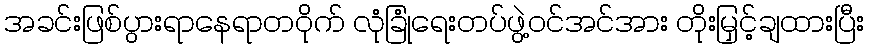
အခင်းဖြစ်ပွားရာနေရာတဝိုက် လုံခြုံရေးတပ်ဖွဲ့ဝင်အင်အား တိုးမြှင့်ချထားပြီး